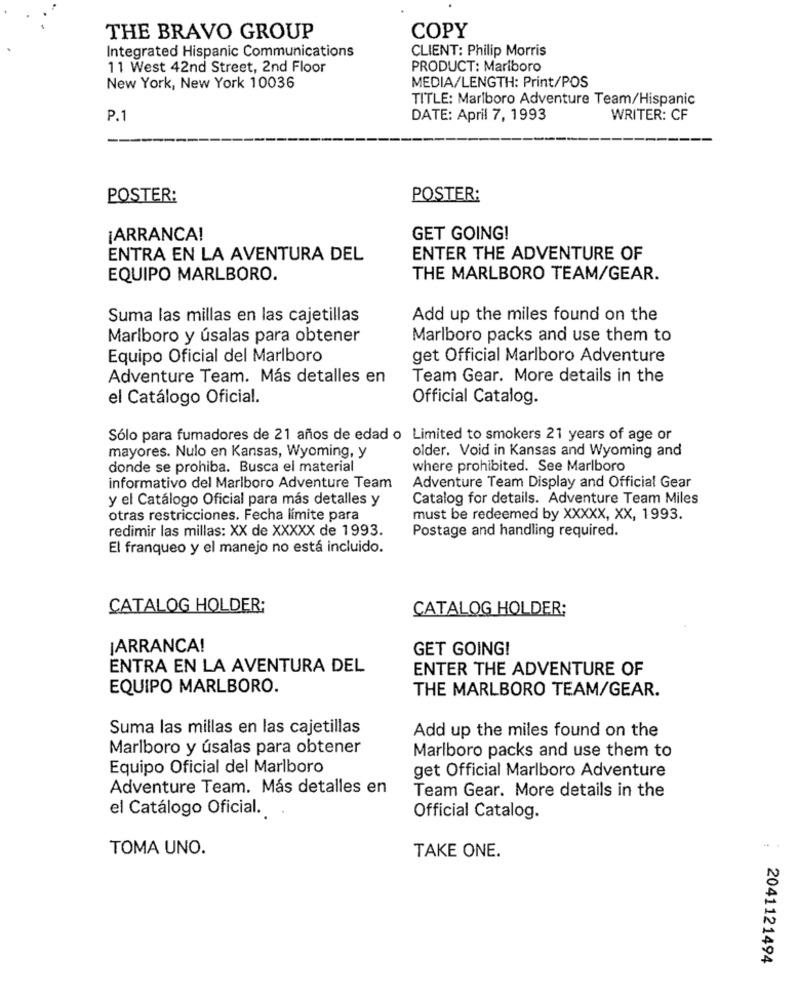
THE BRAVO GROUP
COPY
Integrated Hispanic Communications
CLIENT: Philip Morris
11 West 42nd Street, 2nd Floor
PRODUCT: Marlboro
MEDIA/LENGTH: Print/POS
New York, New York 10036
TITLE: Marlboro Adventure Team/Hispanic
P.1
DATE: April 7, 1993
WRITER: CF
POSTER:
POSTER:
¡ARRANCA!
GET GOING!
ENTRA EN LA AVENTURA DEL
ENTER THE ADVENTURE OF
EQUIPO MARLBORO.
THE MARLBORO TEAM/GEAR.
Suma las millas en las cajetillas
Add up the miles found on the
Marlboro y úsalas para obtener
Marlboro packs and use them to
Equipo Oficial del Marlboro
get Official Marlboro Adventure
Adventure Team. Más detalles en
Team Gear. More details in the
el Catálogo Oficial.
Official Catalog.
Sólo para fumadores de 21 años de edad o Limited to smokers 21 years of age or
older. Void in Kansas and Wyoming and
mayores. Nulo en Kansas, Wyoming, y
donde se prohiba. Busca el material
where prohibited. See Marlboro
informativo del Marlboro Adventure Team
Adventure Team Display and Official Gear
y el Catálogo Oficial para más detalles y
Catalog for details. Adventure Team Miles
otras restricciones. Fecha límite para
must be redeemed by XXXXX, XX, 1993.
redimir las millas: XX de XXXXX de 1993.
Postage and handling required.
El franqueo y el manejo no está incluido.
CATALOG HOLDER:
CATALOG HOLDER;
¡ARRANCA!
GET GOING!
ENTRA EN LA AVENTURA DEL
ENTER THE ADVENTURE OF
EQUIPO MARLBORO.
THE MARLBORO TEAM/GEAR.
Suma las millas en las cajetillas
Add up the miles found on the
Marlboro y úsalas para obtener
Marlboro packs and use them to
Equipo Oficial del Marlboro
get Official Marlboro Adventure
Adventure Team. Más detalles en
Team Gear. More details in the
el Catálogo Oficial.
Official Catalog.
TOMA UNO.
TAKE ONE.
2041121494